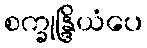
စက္ခုန္ဒြိယံပေ